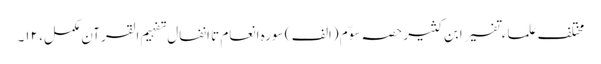
مختلف علماء تفسیر ابن کثیر حصہ سوّم (الف ) سورہ انعام تا انفال تفہیم القرآن مکمل، ۱۲۔